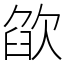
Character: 欿